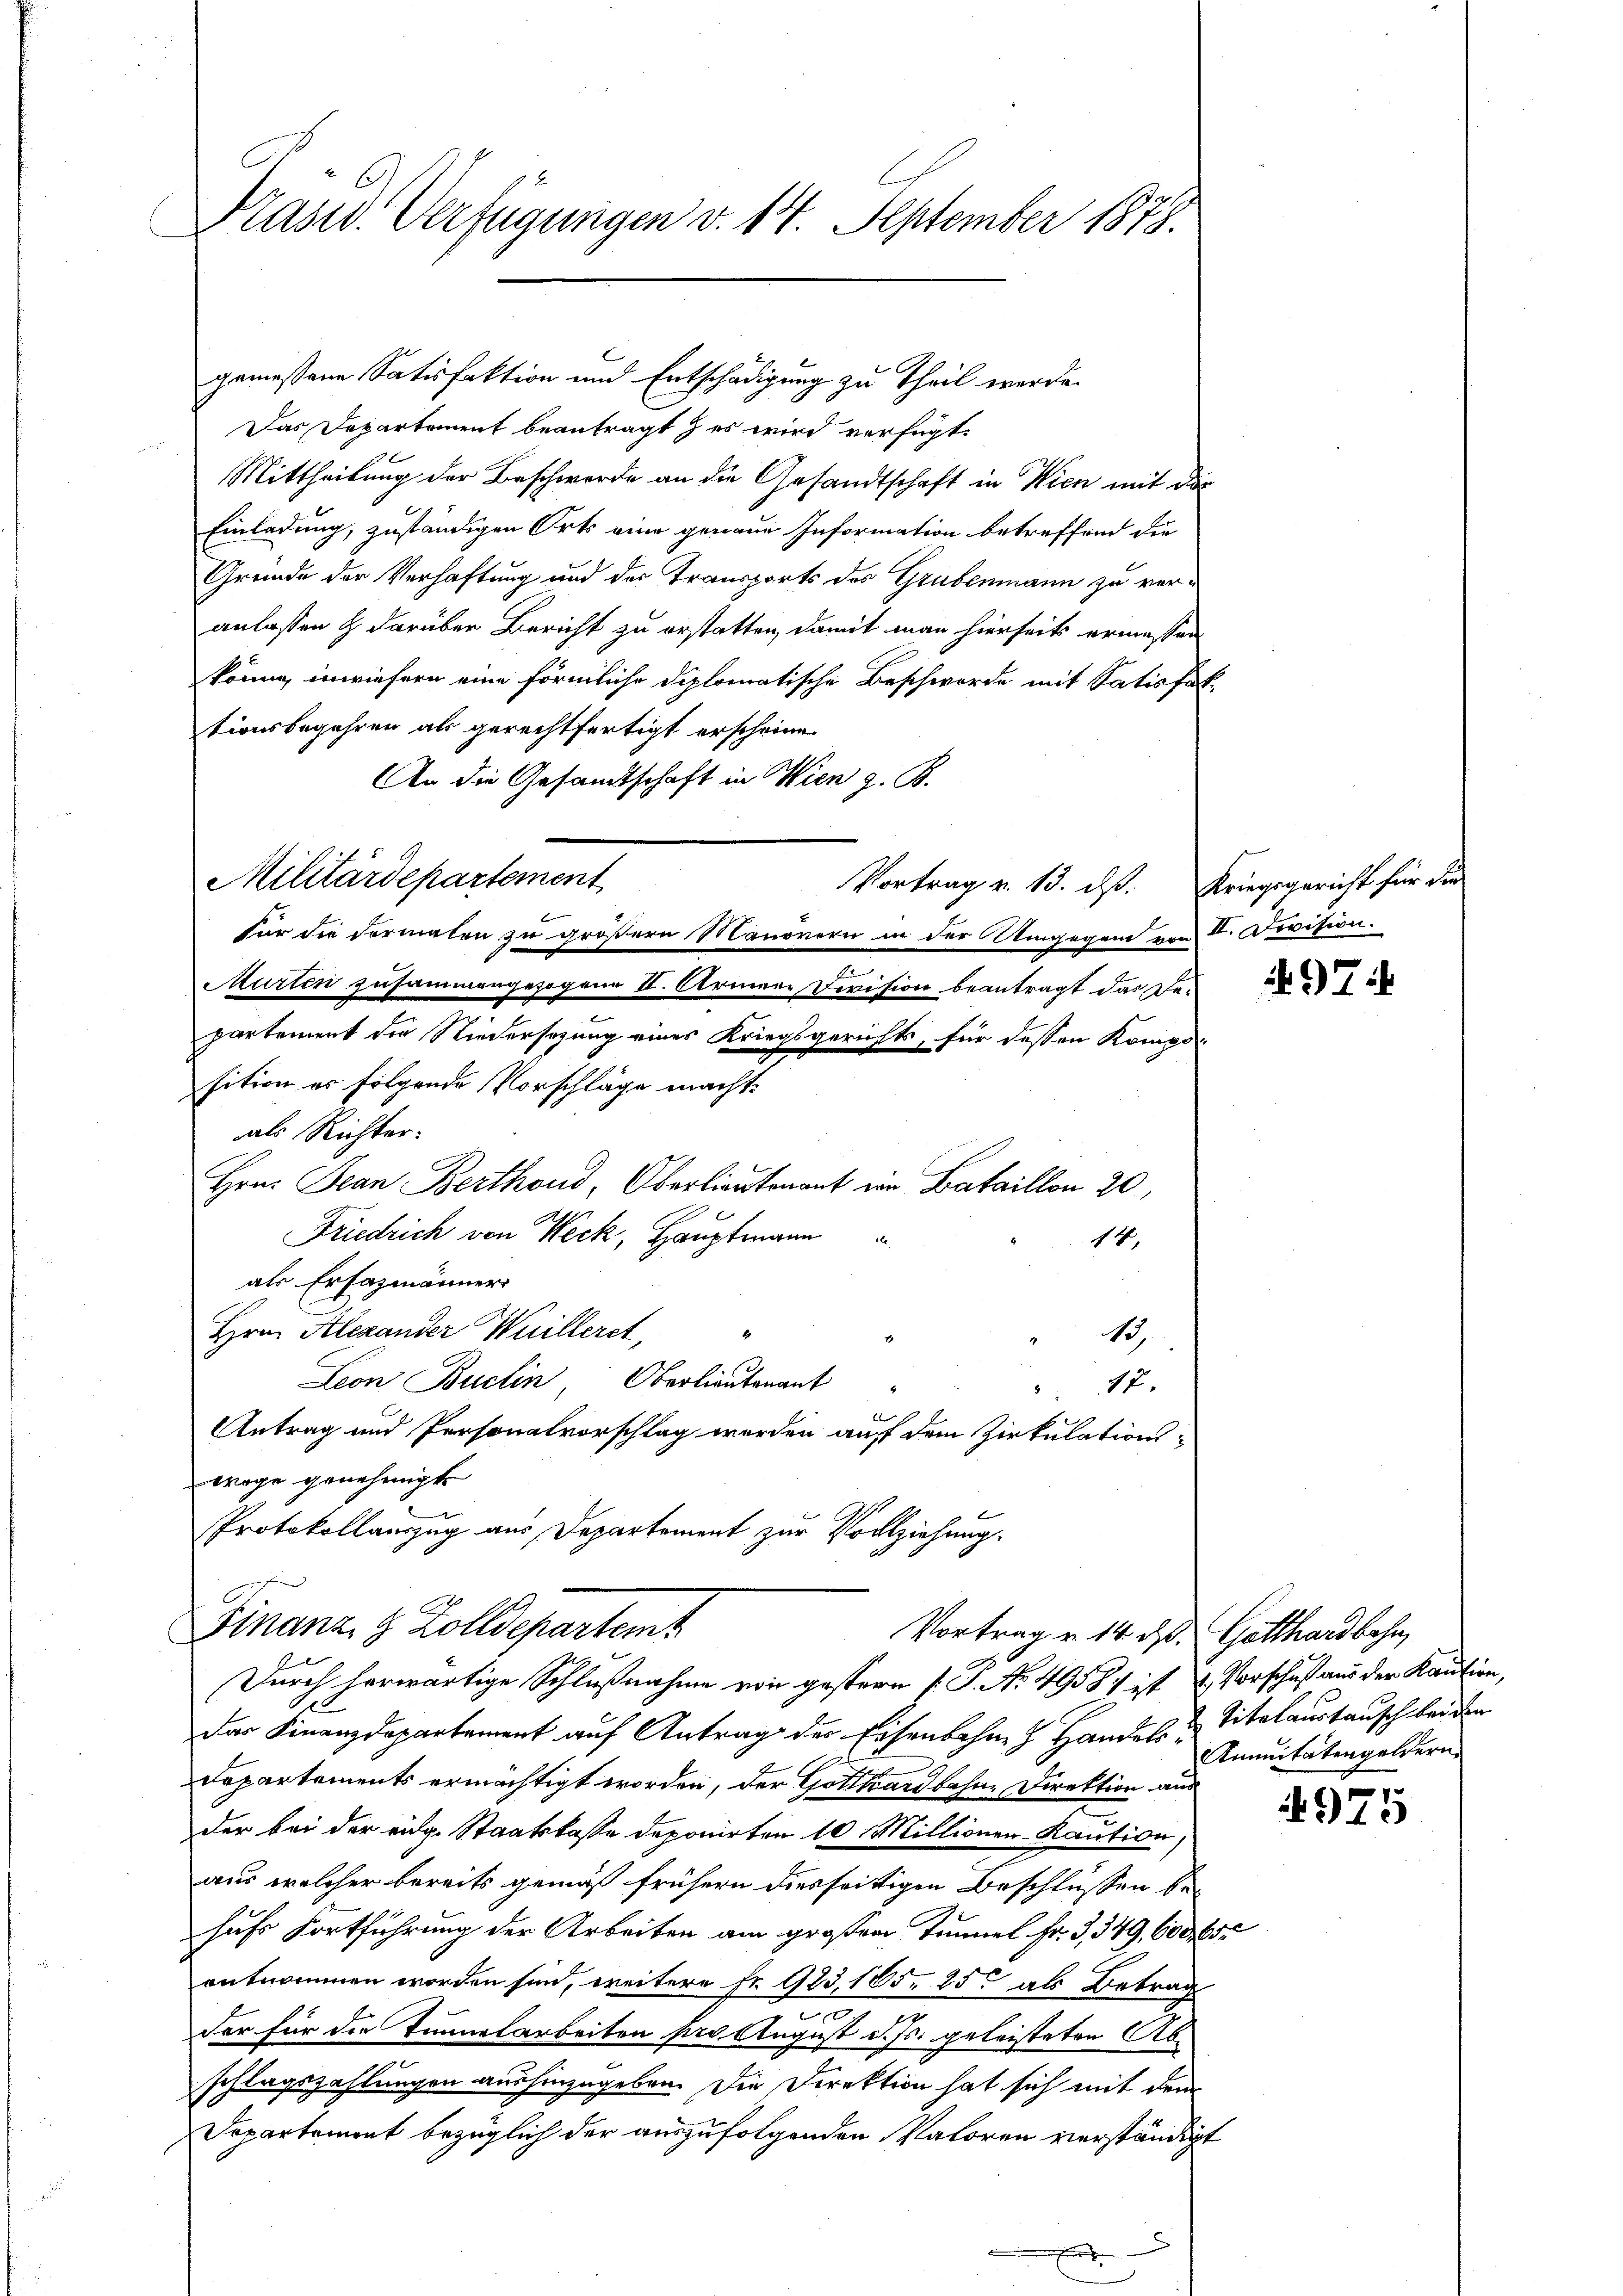
Frände Verfügungen v. 14. September 1878.

gemessene Satisfaktion und Entschädigung zu Theil werde.
Das Departement beantragt & es wird verfügt:
Mittheilung der Beschwerde an die Gesandtschaft in Wien mit die
Einladung, zuständigen Orts eine genaue Information betreffend die
Gründe der Verhaftung und der Transports des Grubenmann zu veranlassen & darüber Bericht zu erstatten, damit man hierseits ermassen
könne, inwiefern eine förmliche diplomatische Beschwerde mit Satisfak-
tionsbegehren als gerechtfertigt erscheine
An die Gesamtschaft in Wien z. B.
Militärdepartement
für die Formalen zu größern Manövern in der Umgegen von II. Division.
Murten zusammengezogene II. Armee-Division beantragt das Departement die Niedersezung eines Kriegsgerichts, für dessen Komposition es folgende Vorschläge macht.
als Richter-
Hrn. Jean Berthoud, Oberlieutenant ein Bataillon 20
Friedrich von Weck, Hauptmann
14,
als Ersazmänner
Hrn. Alexander Wuilleret,
13
Leon Buelin, Oberlieutenant
17.
Antrag und Personalvorschlag werden auf dem Zirkulations-
wage genehmigt.
Protokollauszug aus Departement zur Vollziehung.
Finanz, 9 Zolldepartemt
Vortrag v. 14. d. Gotthardbahn,
Durch herwärtige Schlußnahme von gestern P. P. Nr. 4958 ist & Vorschuß aus der Kaution,
e
Das Finanzdepartement auf Antrag der Eisenbahne Handel & Titelaustausch bei den
Departements ermächtigt worden, der Gotthardbahne Direktion aus
der bei der eidg. Staatskasse deponirten 10 Millionen-Kaution
aus welcher bereits gemäß frühern diesseitigen Beschlüssen behufs Fortführung der Arbeiten am großen Tunnel Fr. 3, 349, 600, 655
entnommen worden sind, weitere Fr. 923, 185. 25 als Betrag
d
der für die Tunnelarbeiten pro August d. Js. geleisteten Abschlagszahlungen aushinzugeben. Die Direktion hat sich mit dem
Departement bezüglich der auszufolgenden Vatoren verständigt

16

Vortrag v. 13. ds. Kriegsgericht für die

97

Annuitätengeldern

4975